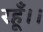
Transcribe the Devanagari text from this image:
रहूँ।।